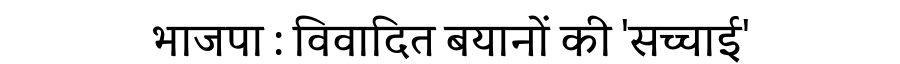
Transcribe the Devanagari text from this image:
भाजपा : विवादित बयानों की 'सच्चाई'